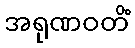
အရုဏဝတိံ